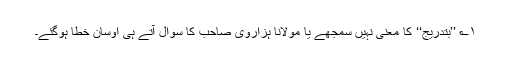
۱؎ ’’بتدریج‘‘ کا معنی نہیں سمجھے یا مولانا ہزاروی صاحب کا سوال آتے ہی اوسان خطا ہوگئے۔